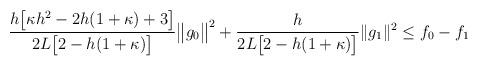
LaTeX: \begin{align*}\begin{aligned} \frac{h\big[\kappa h^2 - 2h(1+\kappa) + 3\big]}{2L \big[2 - h(1+\kappa)\big]} \big\|g_{0}\big\|^2 + \frac{h}{2L \big[2 - h(1+\kappa)\big]} \|g_1\|^2 {}\leq{} f_{0}-f_{1}\end{aligned} \end{align*}